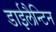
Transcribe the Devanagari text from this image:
डाईलैन्टिन